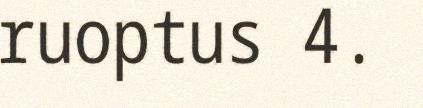
ruoptus 4.